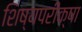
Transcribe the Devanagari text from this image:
शिष्यपरीक्षा